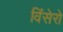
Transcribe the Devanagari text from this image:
विंसेरो